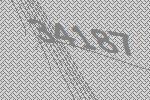
34187